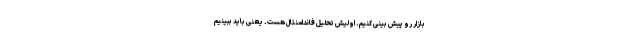
بازار رو پیش بینی کنیم. اولیش تحلیل فاندامنتال هست. یعنی باید ببینیم